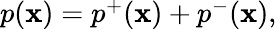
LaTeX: \begin{array}{r}{p({\mathbf x})=p^{+}({\mathbf x})+p^{-}({\mathbf x}),}\end{array}